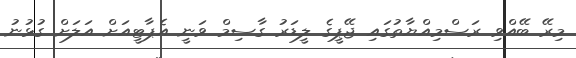
މިރޭ ބޭއްވި ރަސްމިއްޔާތުގައި ޖޭޕީގެ ލީޑަރު ގާސިމް ވަނީ އެޕާޓީއަށް އަލަށް ގުޅުނު